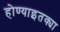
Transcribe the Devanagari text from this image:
होण्याइतक्या